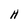
Character: H